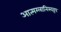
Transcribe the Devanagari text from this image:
आत्मग्लानिस्वरूप